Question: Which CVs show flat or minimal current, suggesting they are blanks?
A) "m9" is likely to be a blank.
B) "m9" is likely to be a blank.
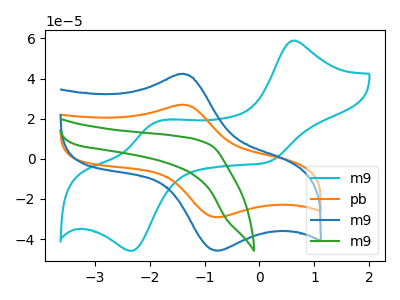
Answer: <think>The cyan curve "m9" has anodic peaks at (0.60V, 58.90uA) (-1.90V, 18.10uA) and cathodic peaks at (0.15V, -1.65uA) (-2.30V, -45.85uA). The orange curve "pb" has an anodic peak at (-1.45V, 26.90uA) and a cathodic peak at (-0.75V, -29.20uA). The blue curve "m9" has an anodic peak at (-1.45V, 42.25uA) and a cathodic peak at (-0.75V, -45.85uA). The green curve "m9" has no peaks.</think>
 <answer>A) "m9" is likely to be a blank.</answer>
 <eval>A</eval>